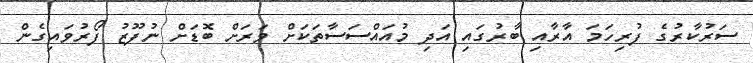
ސަރުކާރުގެ ފުރިހަމަ އާރާއި ބާރުގައި އަދި މުއައްސަސާތަކަށް ވަރަށް ބޮޑަށް ނުފޫޒު ފޯރުވައިގެން